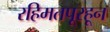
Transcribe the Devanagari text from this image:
रहिमतपूरहून